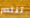
تنتصر